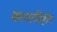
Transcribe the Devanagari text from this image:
कायाविहीन